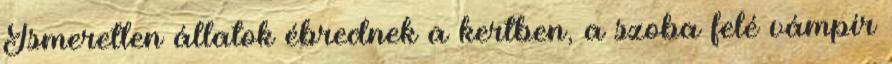
Ismeretlen állatok ébrednek a kertben, a szoba felé vámpír